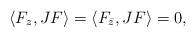
LaTeX: \begin{align*}\langle F_z , JF \rangle=\langle F_{\bar z}, JF \rangle =0,\end{align*}